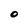
Character: O